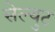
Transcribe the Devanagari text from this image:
सेल्युट